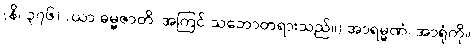
(နိ၊ ၃၇၆) (ယာ ဓမ္မဇာတိ၊ အကြင် သဘောတရားသည်။) အာရမ္မဏံ၊ အာရုံကို။